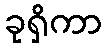
ခုရှိကာ